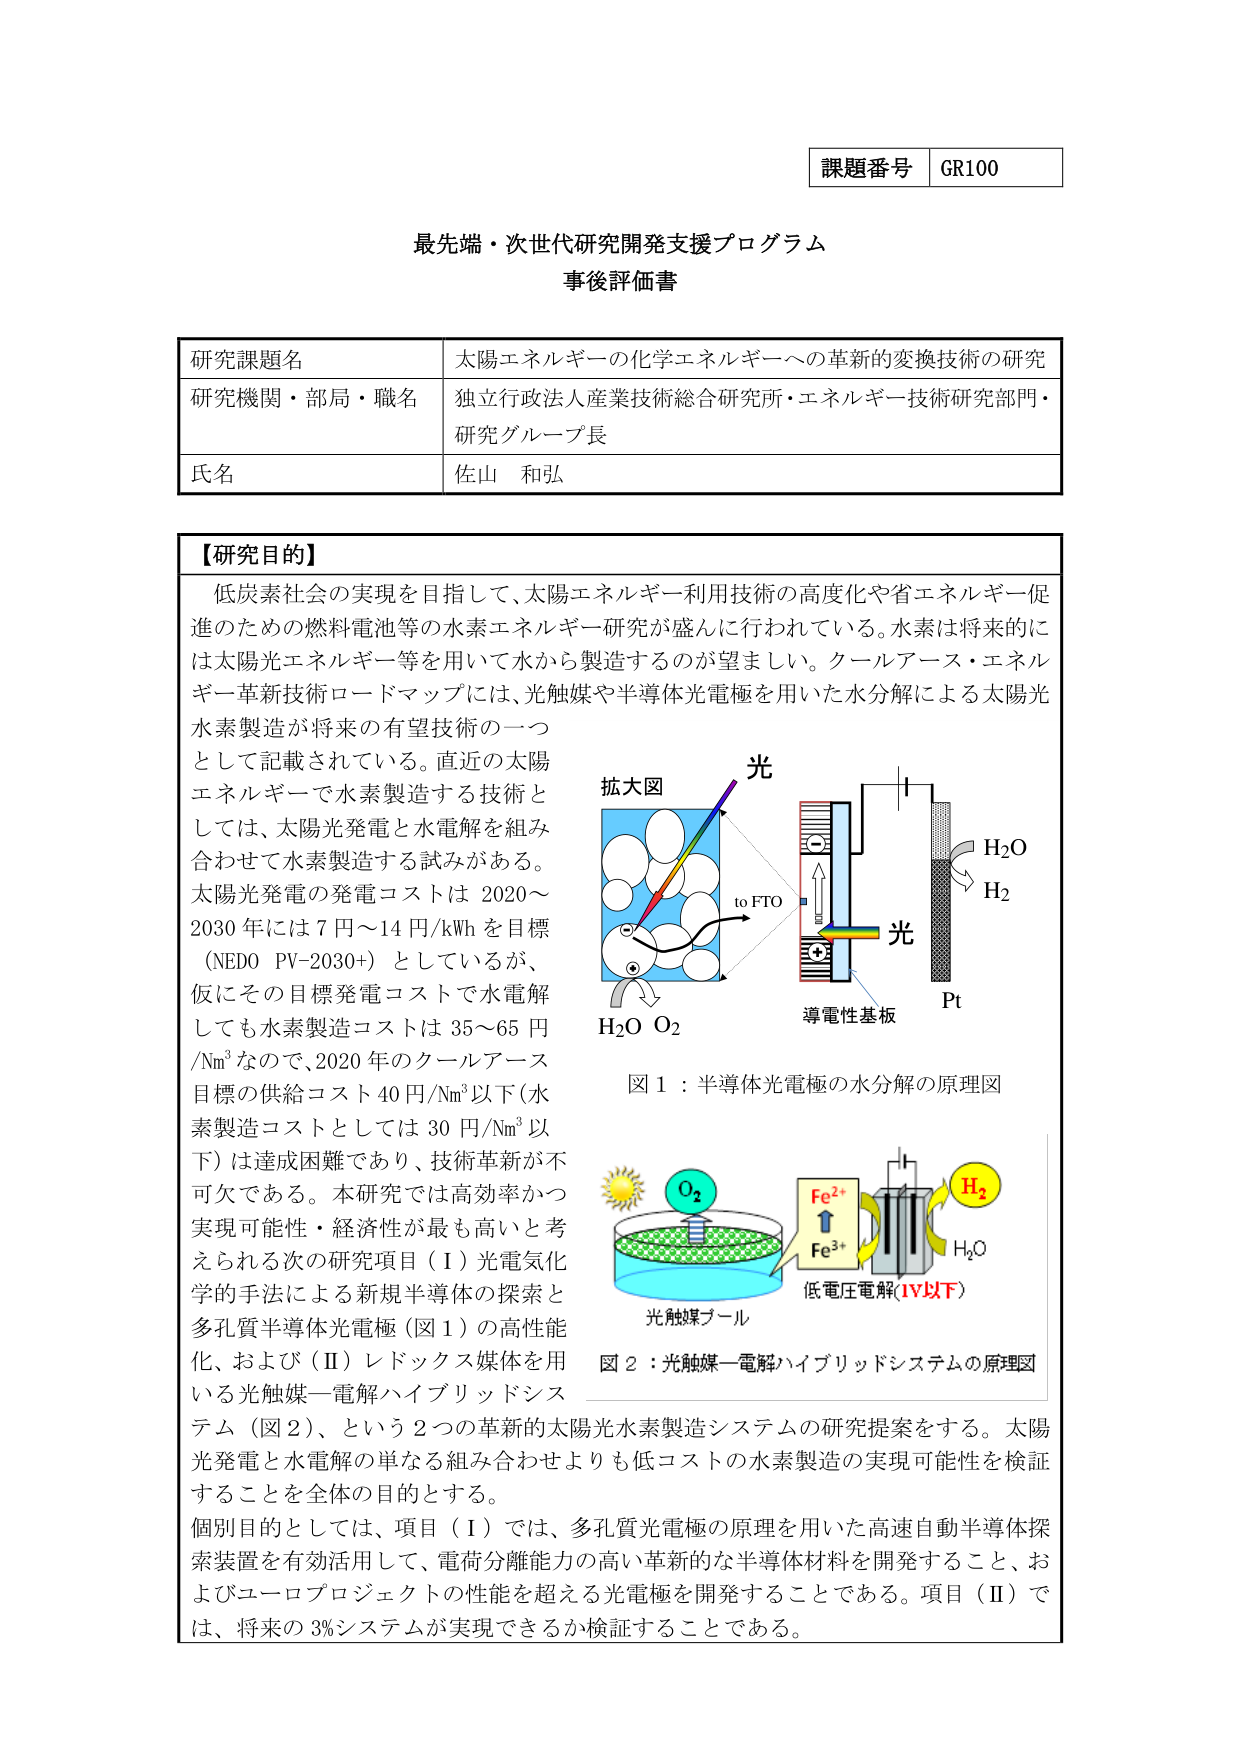
課題番号 GR100

最先端・次世代研究開発支援プログラム
事後評価書

研究課題名 太陽エネルギーの化学エネルギーへの革新的変換技術の研究
研究機関・部局・職名 独立行政法人産業技術総合研究所・エネルギー技術研究部門・研究グループ長
氏名 佐山 和弘

【研究目的】
低炭素社会の実現を目指して、太陽エネルギー利用技術の高度化や省エネルギー促進のための燃料電池等の水素エネルギー研究が盛んに行われている。水素は将来的には太陽光エネルギー等を用いて水から製造するのが望ましい。クールアース・エネルギー革新技術ロードマップには、光触媒や半導体光電極を用いた水分解による太陽光水素製造が将来の有望技術の一つとして記載されている。直近の太陽エネルギーで水素製造する技術としては、太陽光発電と水電解を組み合わせて水素製造する試みがある。太陽光発電の発電コストは2020～2030年には7円～14円/kWhを目標（NEDO PV-2030+）としているが、仮にその目標発電コストで水電解しても水素製造コストは35～65円/Nm³なので、2020年のクールアース目標の供給コスト40円/Nm³以下（水素製造コストとしては30円/Nm³以下）は達成困難であり、技術革新が不可欠である。本研究では高効率かつ実現可能性・経済性が最も高いと考えられる次の研究項目（Ⅰ）光電気化学的手法による新規半導体の探索と多孔質半導体光電極（図1）の高性能化、および（Ⅱ）レドックス媒体を用いる光触媒－電解ハイブリッドシステム（図2）、という2つの革新的太陽光水素製造システムの研究提案をする。太陽光発電と水電解の単なる組み合わせよりも低コストの水素製造の実現可能性を検証することを全体の目的とする。
個別目的としては、項目（Ⅰ）では、多孔質光電極の原理を用いた高速自動半導体探索装置を有効活用して、電荷分離能力の高い革新的な半導体材料を開発すること、およびユーロプロジェクトの性能を超える光電極を開発することである。項目（Ⅱ）では、将来の3%システムが実現できるか検証することである。

拡大図
光
to FTO
H₂O O₂
導電性基板
光
H₂O
H₂
Pt
図1：半導体光電極の水分解の原理図

光触媒プール
O₂
Fe²⁺
Fe³⁺
H₂
H₂O
低電圧電解（1V以下）
図2：光触媒－電解ハイブリッドシステムの原理図